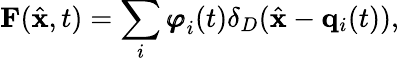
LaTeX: {\mathbf F}(\hat{{\mathbf x}},t)=\sum_{i}{\pmb{\varphi}}_{i}(t)\delta_{D}(\hat{{\mathbf x}}-{\mathbf q}_{i}(t)),